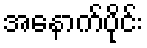
အနောက်ပိုင်း